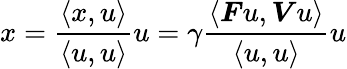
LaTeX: x=\frac{\langle x,u\rangle}{\langle u,u\rangle}u=\gamma\frac{\langle\boldsymbol{F}u,\boldsymbol{V}u\rangle}{\langle u,u\rangle}u